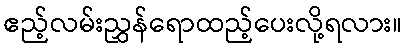
ဧည့်လမ်းညွှန်ရောထည့်ပေးလို့ရလား။